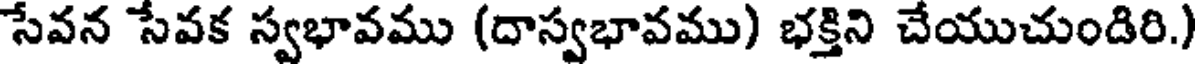
సేవన సేవక స్వభావము (దాస్వభావము) భక్తిని చేయుచుండిరి.)